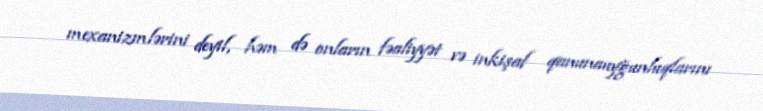
mexanizmlərini deyil, həm də onların fəaliyyət və inkişaf qanunauyğunluqlarını